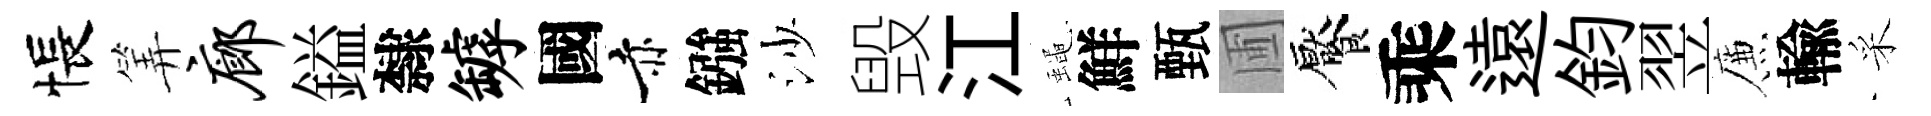
悵筭廊鎰隸罅國赤鏹沙毁江蠅鮮甄圃饜乘遠鈞翌簾輸采